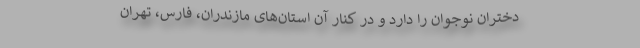
دختران نوجوان را دارد و در کنار آن استان‌های مازندران، فارس، تهران